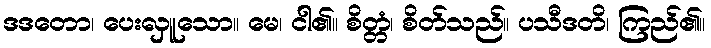
ဒဒတော၊ ပေးလှူသော။ မေ၊ ငါ၏။ စိတ္တံ၊ စိတ်သည်။ ပသီဒတိ၊ ကြည်၏။